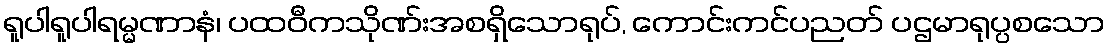
ရူပါရူပါရမ္မဏာနံ၊ ပထဝီကသိုဏ်းအစရှိသောရုပ်, ကောင်းကင်ပညတ် ပဌမာရုပ္ပစသော